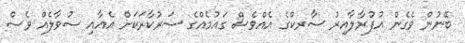
ބޭނުން ވެގެން އުފުރާލާއިރު ސާރކްގެ އެއްވެސް ގައުމެއްގެ ސަރުކާރަކަށް އެއާއި ސުވާލެއް ވެސް